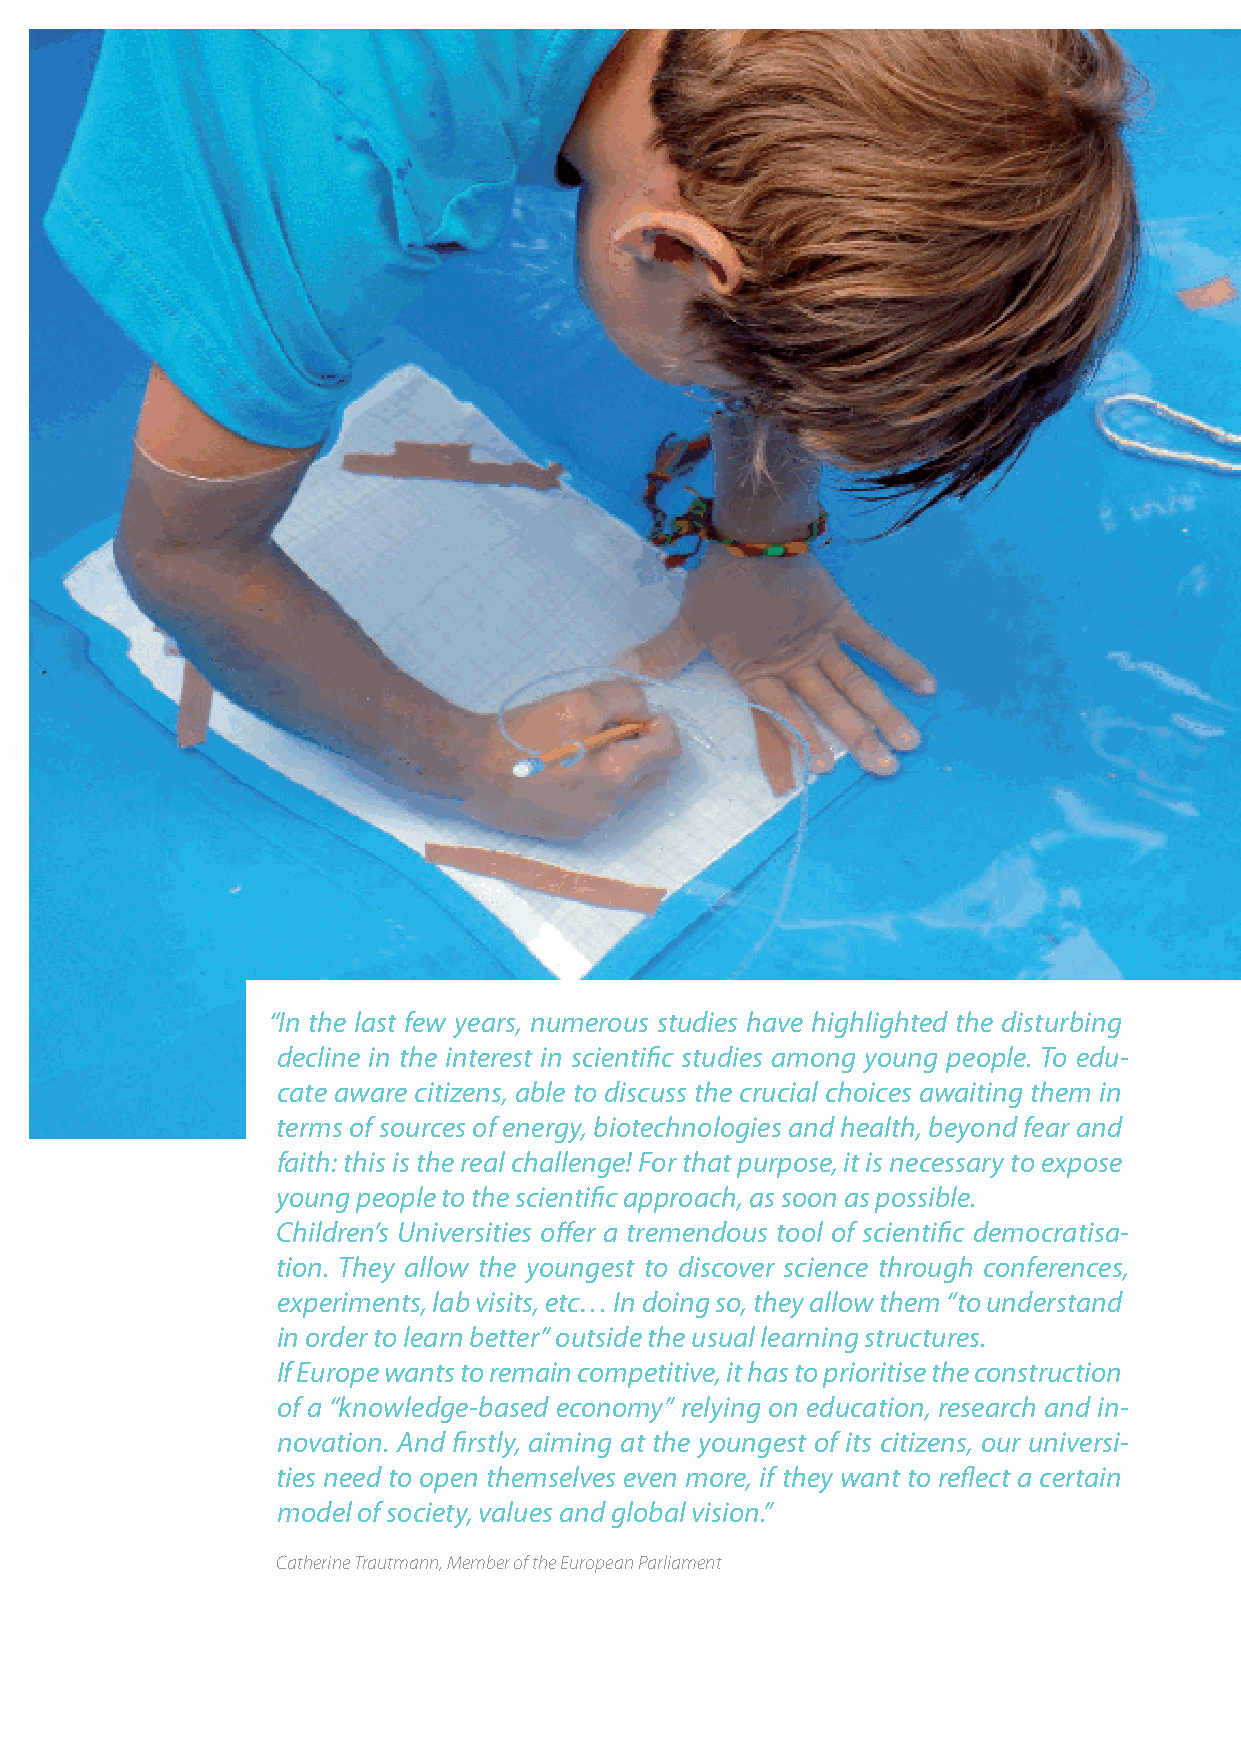
“In the last few years, numerous studies have highlighted the disturbing
 decline in the interest in scientific studies among young people. To edu-
 cate aware citizens, able to discuss the crucial choices awaiting them in
 terms of sources of energy, biotechnologies and health, beyond fear and
 faith: this is the real challenge! For that purpose, it is necessary to expose
 young people to the scientific approach, as soon as possible.
 Children’s Universities offer a tremendous tool of scientific democratisa-
 tion. They allow the youngest to discover science through conferences,
 experiments, lab visits, etc… In doing so, they allow them “to understand
 in order to learn better” outside the usual learning structures.
 If Europe wants to remain competitive, it has to prioritise the construction
 of a “knowledge-based economy” relying on education, research and in-
 novation. And firstly, aiming at the youngest of its citizens, our universi-
 ties need to open themselves even more, if they want to reflect a certain
 model of society, values and global vision.”
 Catherine Trautmann, Member of the European Parliament